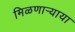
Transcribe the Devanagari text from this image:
मिळणार्‍याया